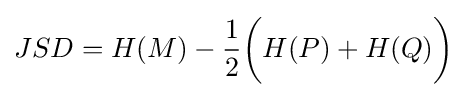
JSD=H(M)-{\frac {1}{2}}{\bigg (}H(P)+H(Q){\bigg )}